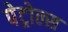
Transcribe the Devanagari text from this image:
पेट्रोल्स